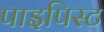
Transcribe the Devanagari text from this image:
पाइपिस्ट